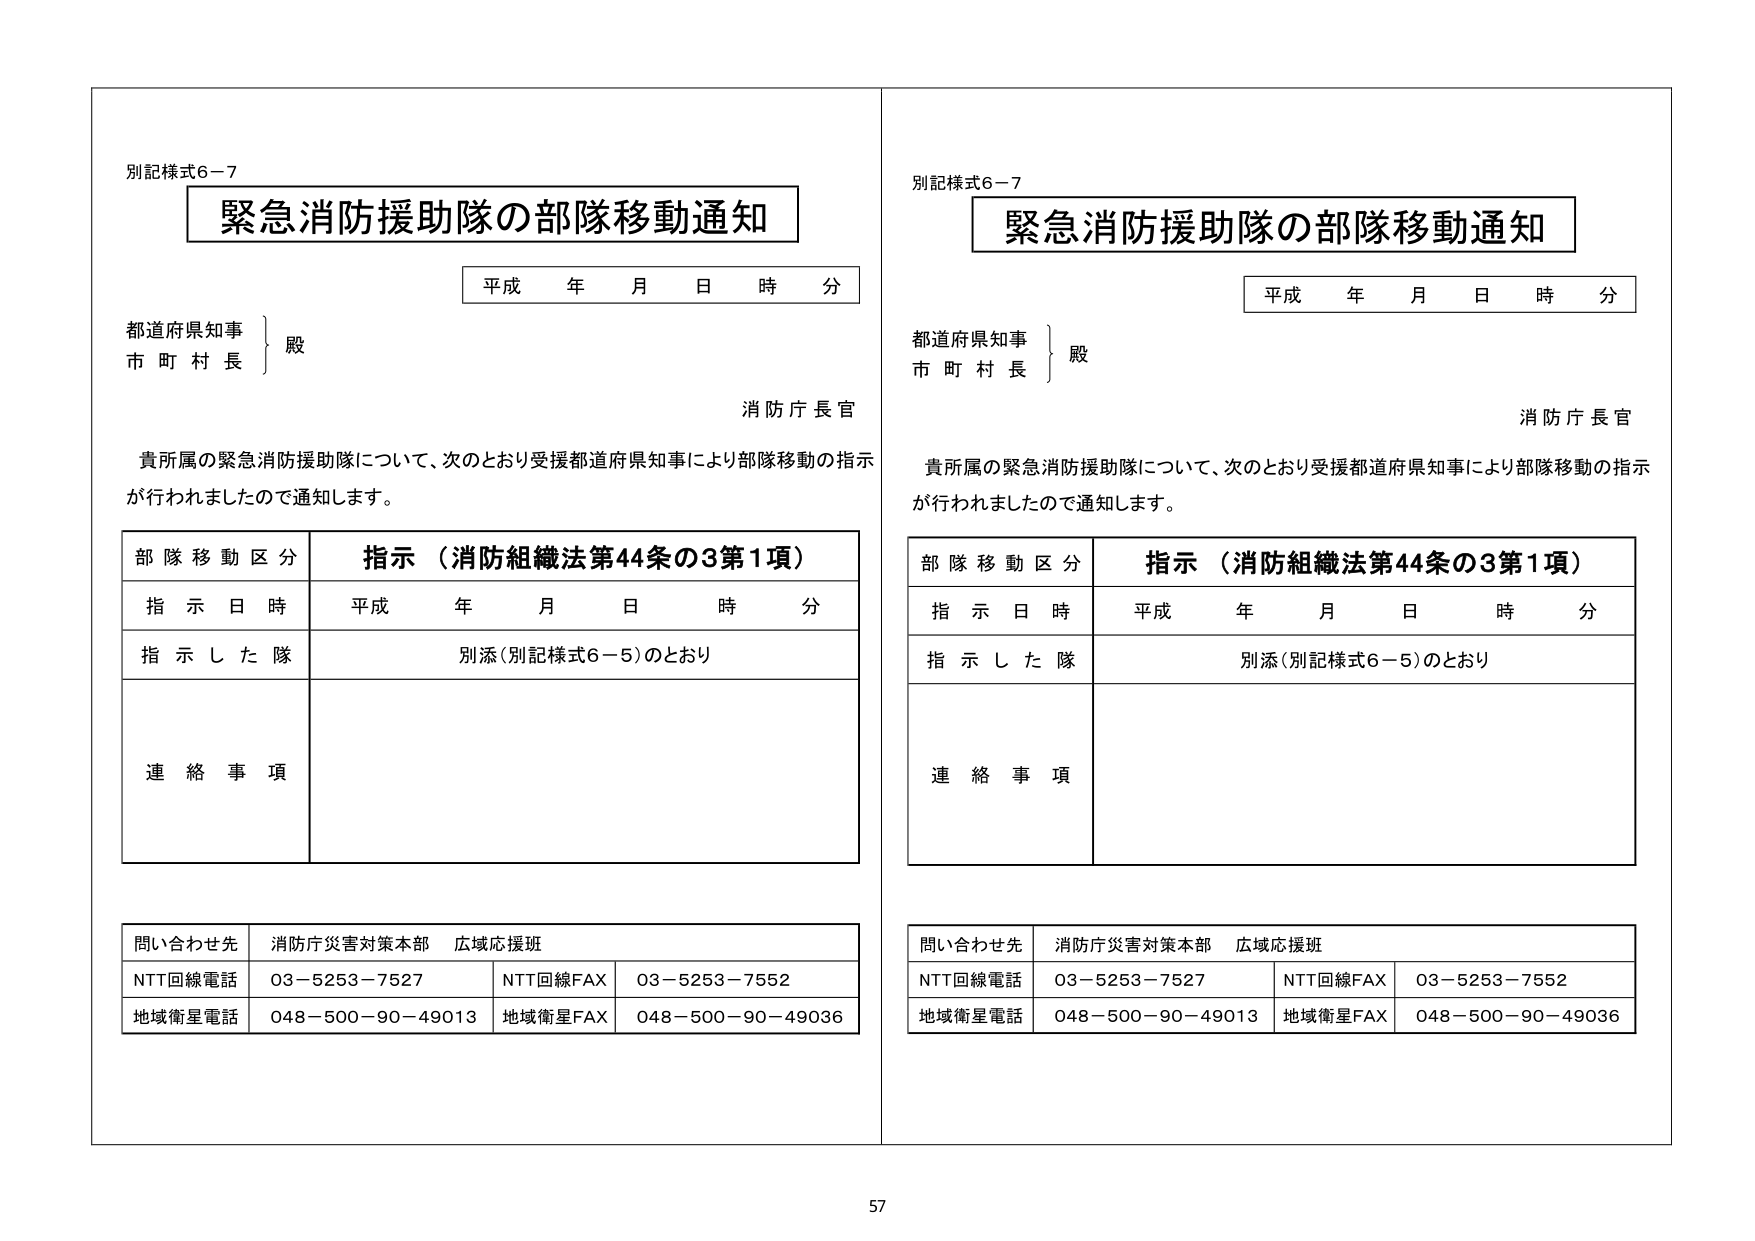
別記様式6－7
緊急消防援助隊の部隊移動通知
平成 年 月 日 時 分
都道府県知事
市 町 村 長
} 殿
消防庁長官
貴所属の緊急消防援助隊について、次のとおり受援都道府県知事により部隊移動の指示が行われましたので通知します。
部隊移動区分 指示（消防組織法第44条の3第1項）
指示日時 平成 年 月 日 時 分
指示した隊 別添（別記様式6－5）のとおり
連絡事項
問い合わせ先 消防庁災害対策本部 広域応援班
NTT回線電話 03－5253－7527 NTT回線FAX 03－5253－7552
地域衛星電話 048－500－90－49013 地域衛星FAX 048－500－90－49036

別記様式6－7
緊急消防援助隊の部隊移動通知
平成 年 月 日 時 分
都道府県知事
市 町 村 長
} 殿
消防庁長官
貴所属の緊急消防援助隊について、次のとおり受援都道府県知事により部隊移動の指示が行われましたので通知します。
部隊移動区分 指示（消防組織法第44条の3第1項）
指示日時 平成 年 月 日 時 分
指示した隊 別添（別記様式6－5）のとおり
連絡事項
問い合わせ先 消防庁災害対策本部 広域応援班
NTT回線電話 03－5253－7527 NTT回線FAX 03－5253－7552
地域衛星電話 048－500－90－49013 地域衛星FAX 048－500－90－49036

57